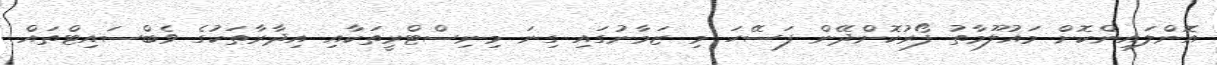
އޮންލައިންކޮށް މައުލޫމާތު ފޯރުކޮށްދޭން ފަސޭހަ މި ޒަމާނުގައި ގިނަ މިނިސްޓްރީތަކާއި އިދާރާތަކުގެ ވެބްސައިޓްތައް